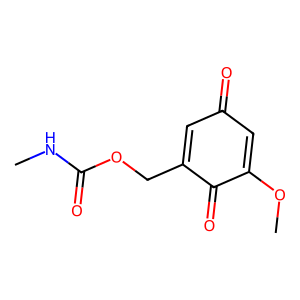
SMILES: CNC(=O)OCC1=CC(=O)C=C(OC)C1=O
Inhibits HIV replication: No